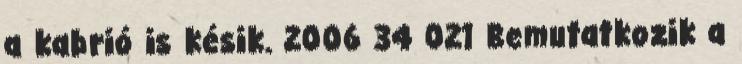
a kabrió is késik. 2006 34 021 Bemutatkozik a